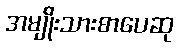
အမျိုးသားစာပေဆု